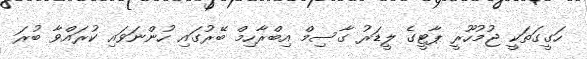
ހަގީގަތަކީ ޖުމުހޫރީ ޕާޓީގެ ލީޑަރު ގާސިމް އިބްރާހިމް ބޭރުގައި ހުންނަވައި ކުރައްވާ ބުރަ